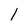
Character: l